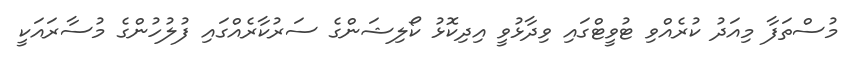
މުސްތަފާ މިއަދު ކުރެއްވި ޓުވީޓްގައި ވިދާޅުވީ އިދިކޮޅު ކޯލިޝަންގެ ސަރުކާރެއްގައި ފުލުހުންގެ މުސާރައަކީ